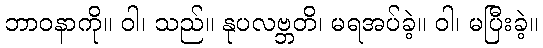
ဘာဝနာကို။ ဝါ၊ သည်။ နုပလဗ္ဘတိ၊ မရအပ်ခဲ့။ ဝါ၊ မပြီးခဲ့။